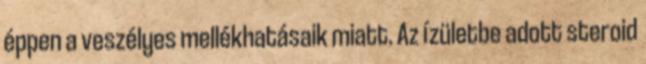
éppen a veszélyes mellékhatásaik miatt. Az ízületbe adott steroid